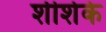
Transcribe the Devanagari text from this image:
शीशेके